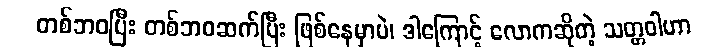
တစ်ဘဝပြီး တစ်ဘဝဆက်ပြီး ဖြစ်နေမှာပဲ၊ ဒါကြောင့် လောကဆိုတဲ့ သတ္တဝါဟာ